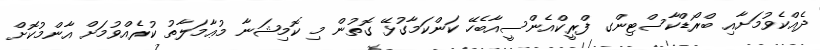
ދެއްކެވުމަށާއި ބްރޯޑްކާސްޓިންގ ފްރީކްއެންސީއާބެހޭ ކަންކަމާގުޅޭ ގޮތުން މި ކޮމިޝަނާ މުޢާމަލާތު ކުރެއްވުމަށް އާންމުކޮށް